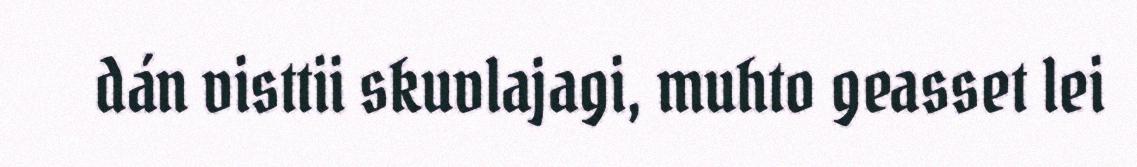
dán visttii skuvlajagi, muhto geasset lei